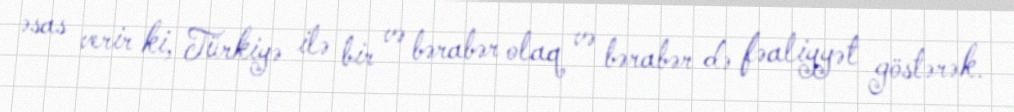
əsas verir ki, Türkiyə ilə bir və bərabər olaq və bərabər də fəaliyyət göstərək.